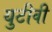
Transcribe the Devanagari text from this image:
युटीवी